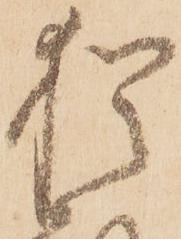
猶